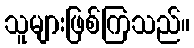
သူများဖြစ်ကြသည်။